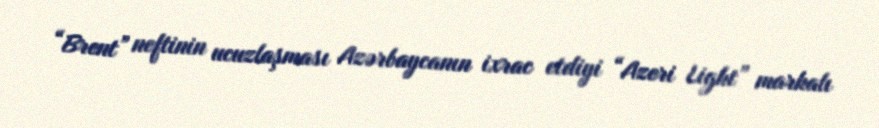
“Brent” neftinin ucuzlaşması Azərbaycanın ixrac etdiyi “Azeri Light” markalı